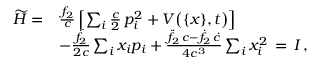
\begin{array} { r l } { \widetilde { H } = } & { \frac { f _ { 2 } } { c } \left[ \sum _ { i } \frac { c } { 2 } \, p _ { i } ^ { 2 } + V \big ( \{ x \} , t \big ) \right] } \\ & { - \frac { \dot { f } _ { 2 } } { 2 c } \sum _ { i } x _ { i } p _ { i } + \frac { \ddot { f } _ { 2 } \, c - \dot { f } _ { 2 } \, \dot { c } } { 4 c ^ { 3 } } \sum _ { i } x _ { i } ^ { 2 } \, = \, I \, , } \end{array}